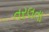
તરલતા